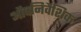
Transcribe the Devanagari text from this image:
औपनिवैशिक